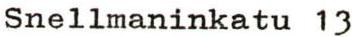
Snellmaninkatu 13